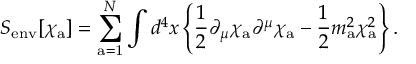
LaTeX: S _ { \mathrm { e n v } } [ \chi _ { \mathrm { a } } ] = \sum _ { \mathrm { a = 1 } } ^ { N } \int d ^ { 4 } x \left\{ { \frac { 1 } { 2 } } \partial _ { \mu } \chi _ { \mathrm { a } } \partial ^ { \mu } \chi _ { \mathrm { a } } - { \frac { 1 } { 2 } } m _ { \mathrm { a } } ^ { 2 } \chi _ { \mathrm { a } } ^ { 2 } \right\} . \nonumber